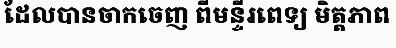
ដែលបានចាកចេញ ពីមន្ទីរពេទ្យ មិត្តភាព